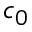
c _ { 0 }